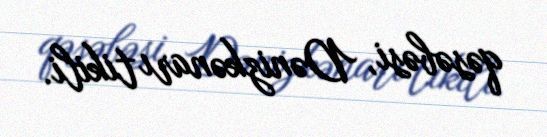
qəsəbəsi, Dənizkənarı tikili.